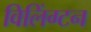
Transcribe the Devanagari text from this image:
विलिंग्‍टन